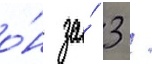
о́н за́ 3 /